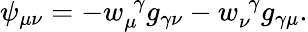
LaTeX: \psi_{\mu\nu}=-w_{\mu}^{\, \, \gamma}g_{\gamma\nu}-w_{\nu}^{\, \, \gamma}g_{\gamma\mu}.